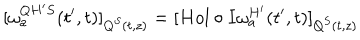
[ \omega _ { a } ^ { Q H ^ { \prime } S } ( t ^ { \prime } , t ) ] _ { Q ^ { S } ( t , z ) } = [ H o l \circ I \omega _ { a } ^ { H ^ { \prime } } ( t ^ { \prime } , t ) ] _ { Q ^ { S } ( t , z ) }